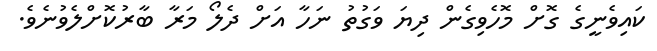
ކައިވެނީގެ ގޮށް މޮހެވިިގެން ދިޔަ ވަގުތު ނަހާ އަށް ދެލޯ މަރާ ބާރުކޮށްލެވުނެވެ.